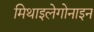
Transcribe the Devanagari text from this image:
मिथाइलेगोनाइन